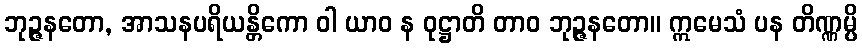
ဘုဉ္ဇနတော, အာသနပရိယန္တိကော ဝါ ယာဝ န ဝုဋ္ဌာတိ တာဝ ဘုဉ္ဇနတော။ ဣမေသံ ပန တိဏ္ဏမ္ပိ